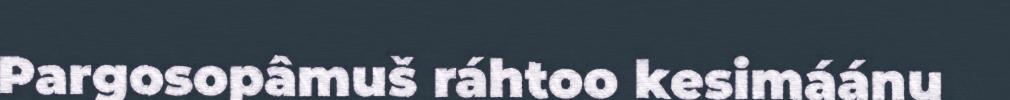
Pargosopâmuš ráhtoo kesimáánu